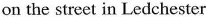
on the street in Ledchester